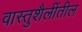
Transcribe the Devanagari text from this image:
वास्तुशैलींतील